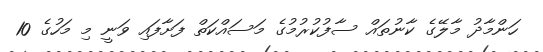
ހަންމާދު މާލޭގެ ކާނުތައް ސާފުކުރުމުގެ މަސައްކަތް ފަށާފައި ވަނީ މި މަހުގެ 10